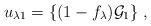
LaTeX: \begin{align*}u_{\lambda 1}= \{ (1-f_\lambda){\cal G}_{1} \} \; ,\end{align*}